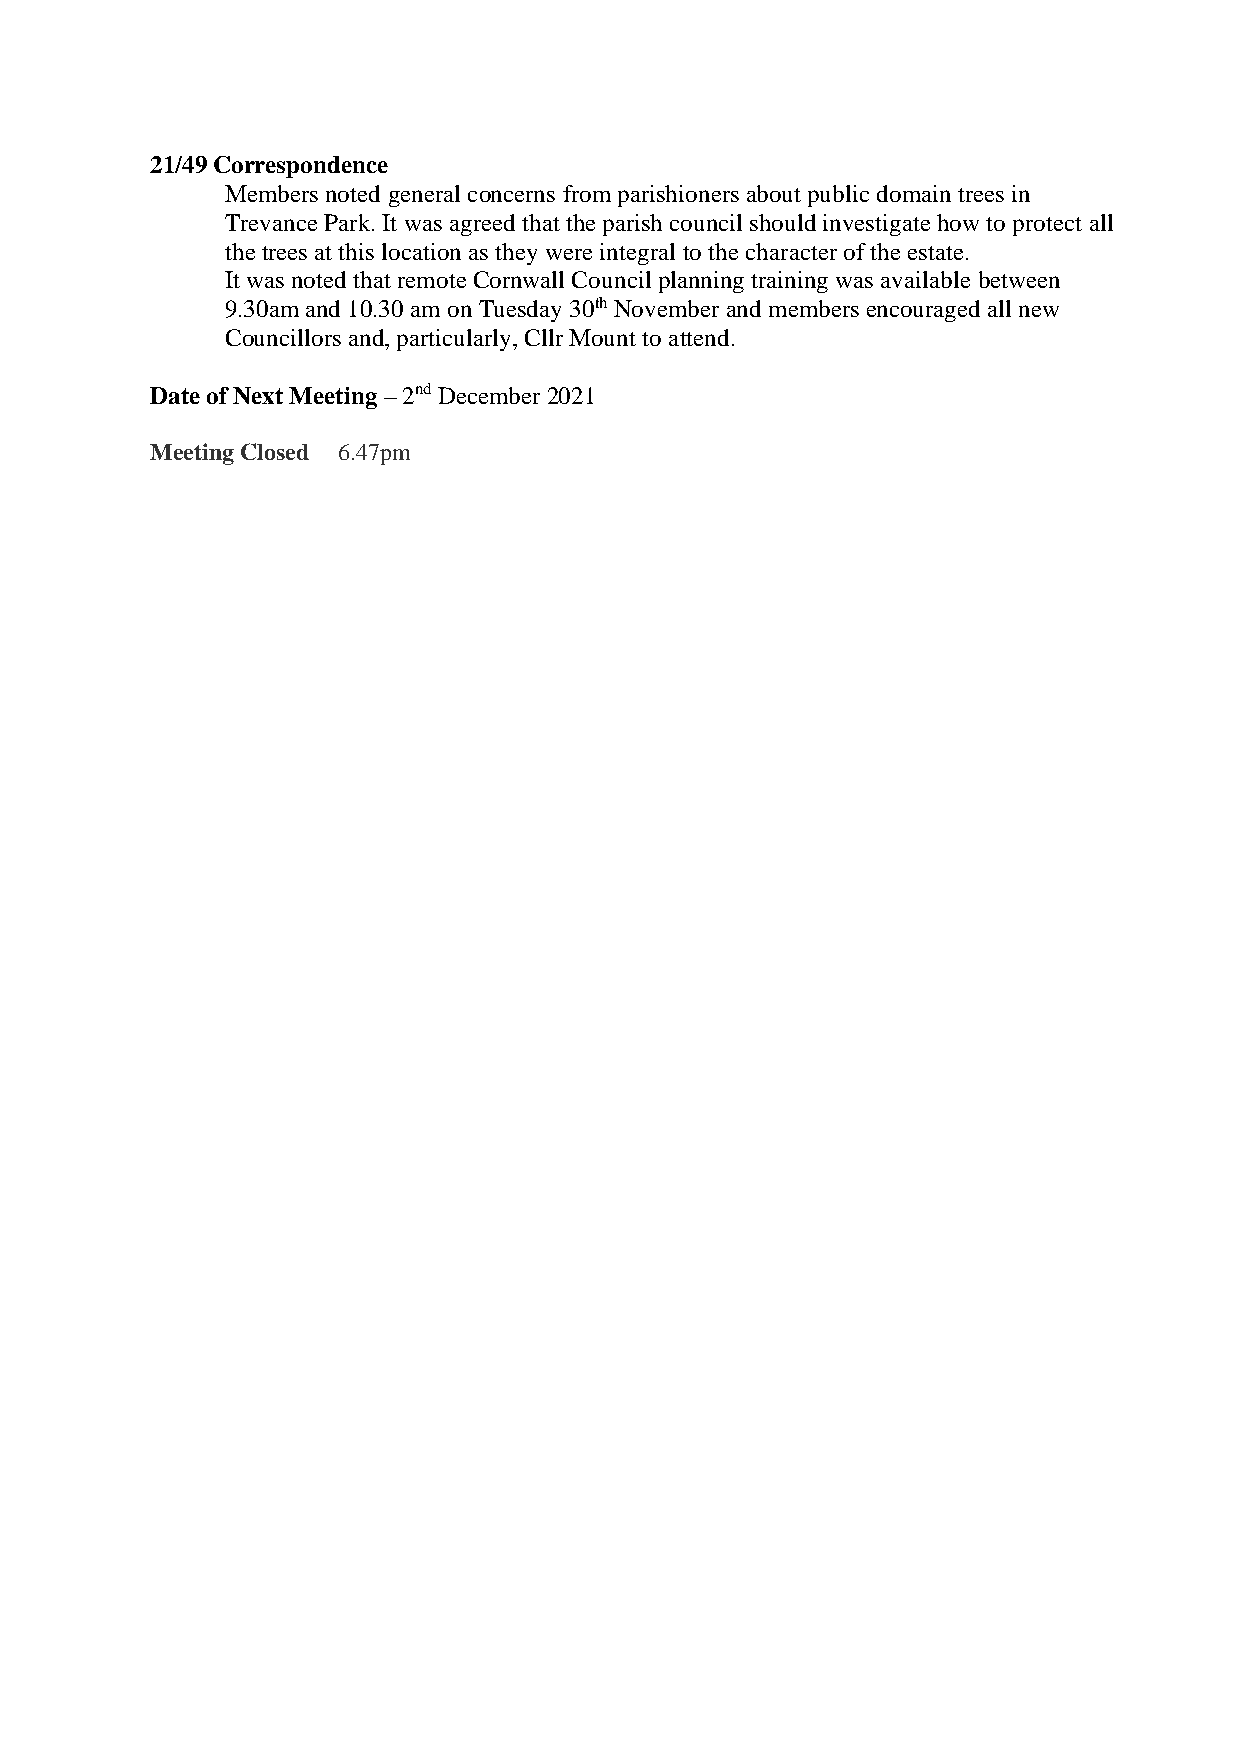
21/49 Correspondence
 Members noted general concerns from parishioners about public domain trees in
 Trevance Park. It was agreed that the parish council should investigate how to protect all
 the trees at this location as they were integral to the character of the estate.
 It was noted that remote Cornwall Council planning training was available between
 9.30am and 10.30 am on Tuesday 30th November and members encouraged all new
 Councillors and, particularly, Cllr Mount to attend.
 Date of Next Meeting – 2nd December 2021
 Meeting Closed 6.47pm